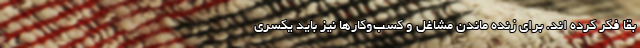
بقا فکر کرده اند. برای زنده ماندن مشاغل و کسب‌وکارها نیز باید یکسری